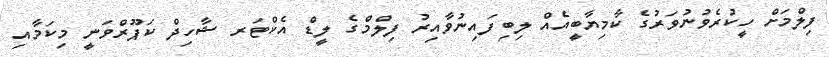
ފިލްމަށް ހީކުރެވުނުވަރުގެ ކާމިޔާބީއެއް ލިބިފައިނުވާއިރު ފިލްމްގެ ލީޑް އެކްޓަރ ޝާހިދް ކަޕޫރްވަނީ މިކަމާއި